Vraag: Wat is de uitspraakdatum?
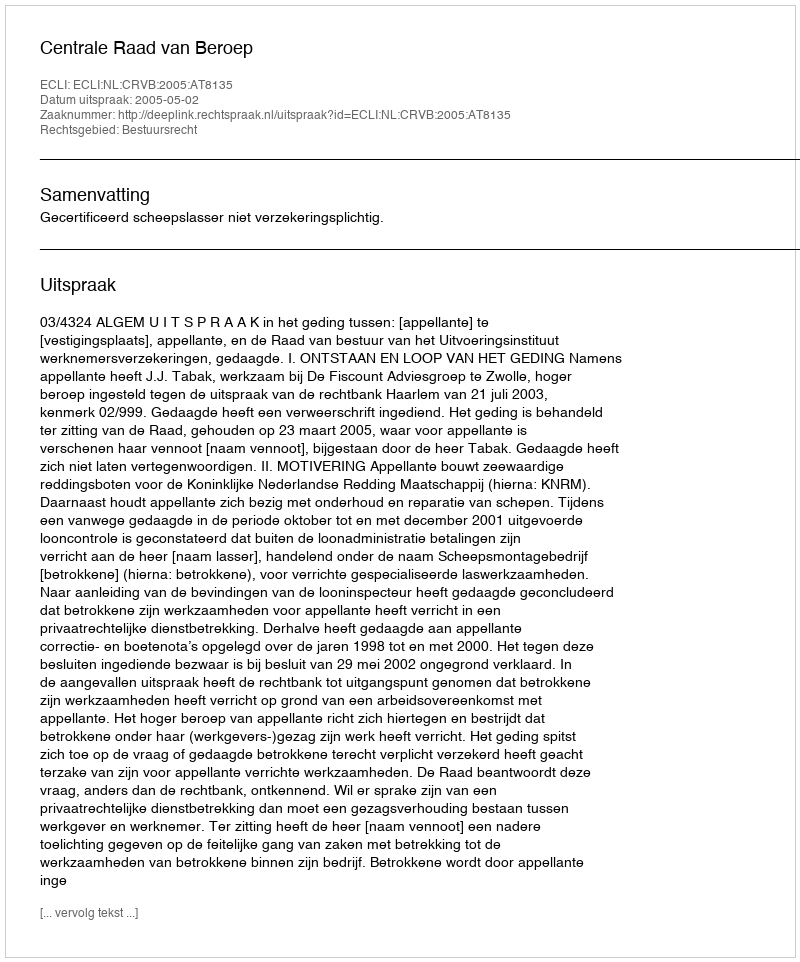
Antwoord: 2005-05-02